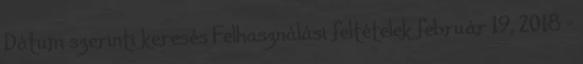
Dátum szerinti keresés Felhasználási feltételek február 19, 2018 -